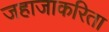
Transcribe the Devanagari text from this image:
जहाजाकरिता